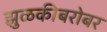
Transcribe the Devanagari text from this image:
झुळकीबरोबर